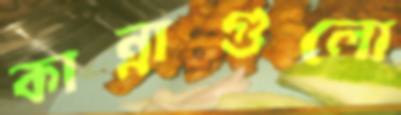
কান্নাগুলো